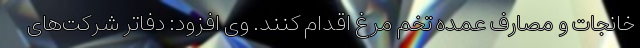
خانجات و مصارف عمده تخم مرغ اقدام کنند. وی افزود: دفاتر شرکت‌های